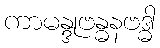
ကာမန္ဒုဗန္ဓနဗဒ္ဓါ